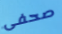
صحفى